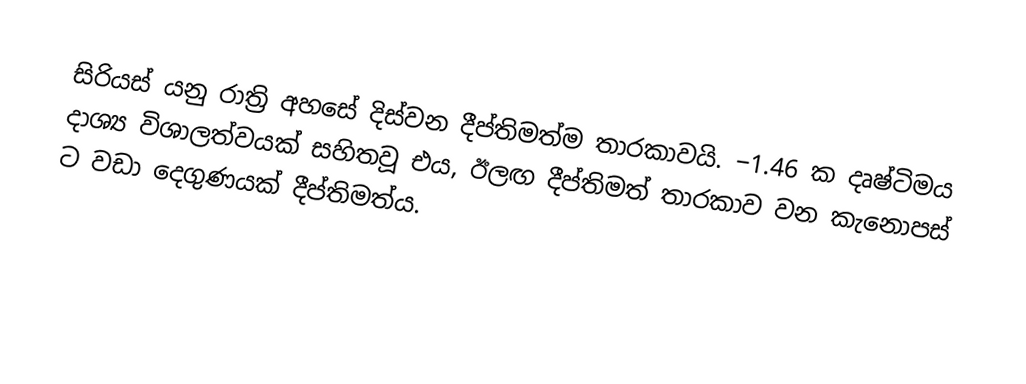
සිරියස් යනු රාත්‍රි අහසේ දිස්වන දීප්තිමත්ම තාරකාවයි. −1.46 ක දෘෂ්ටිමය දාශ්‍ය විශාලත්වයක් සහිතවූ එය, ඊලඟ දීප්තිමත් තාරකාව වන කැනොපස් ට වඩා දෙගුණයක් දීප්තිමත්ය.